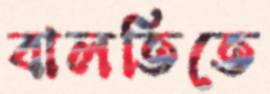
বালতিতে